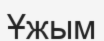
Ұжым